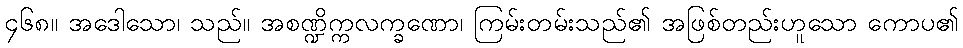
၄၆၈။ အဒေါသော၊ သည်။ အစဏ္ဍိက္ကလက္ခဏော၊ ကြမ်းတမ်းသည်၏ အဖြစ်တည်းဟူသော ကောပ၏